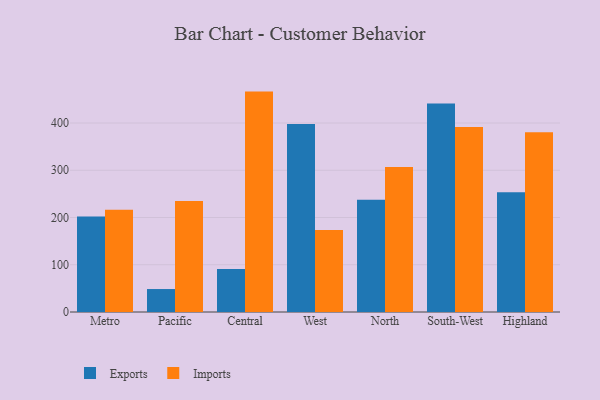
{"axis": {"x": "Region", "y": "LTV (USD)"}, "legend": ["Exports", "Imports"], "data": [{"x": "Metro", "y": 201.9, "type": "Exports"}, {"x": "Metro", "y": 216.3, "type": "Imports"}, {"x": "Pacific", "y": 48.6, "type": "Exports"}, {"x": "Pacific", "y": 235.2, "type": "Imports"}, {"x": "Central", "y": 91.2, "type": "Exports"}, {"x": "Central", "y": 466.5, "type": "Imports"}, {"x": "West", "y": 398.0, "type": "Exports"}, {"x": "West", "y": 173.8, "type": "Imports"}, {"x": "North", "y": 237.5, "type": "Exports"}, {"x": "North", "y": 307.1, "type": "Imports"}, {"x": "South-West", "y": 441.3, "type": "Exports"}, {"x": "South-West", "y": 391.7, "type": "Imports"}, {"x": "Highland", "y": 253.6, "type": "Exports"}, {"x": "Highland", "y": 380.6, "type": "Imports"}]}